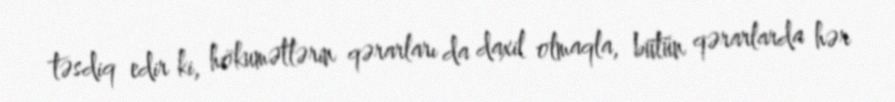
təsdiq edir ki, hökumətlərin qərarları da daxil olmaqla, bütün qərarlarda hər